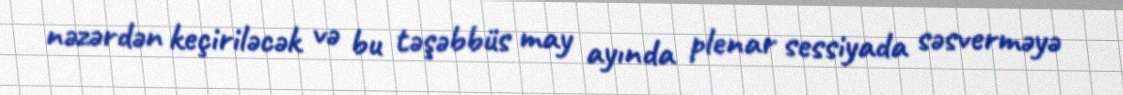
nəzərdən keçiriləcək və bu təşəbbüs may ayında plenar sessiyada səsverməyə